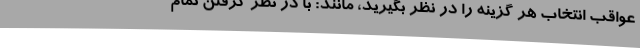
عواقب انتخاب هر گزینه را در نظر بگیرید، مانند: با در نظر گرفتن تمام